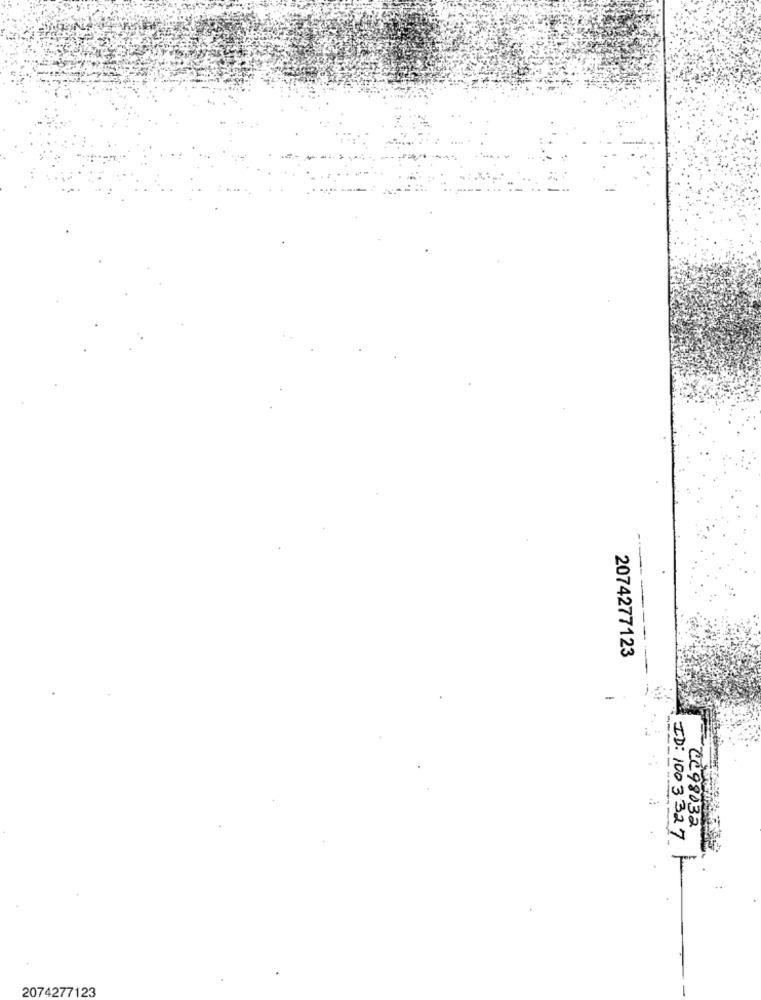
2074277123
CC98032
ID: 1003327
2074277123